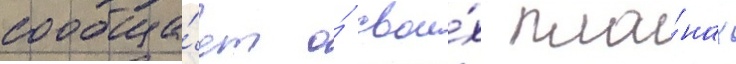
сообща́ет о́ свои́х пла́нах